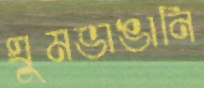
ঘুমভাঙানি